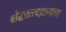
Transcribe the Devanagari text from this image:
बौद्धतत्त्वज्ञानाचा